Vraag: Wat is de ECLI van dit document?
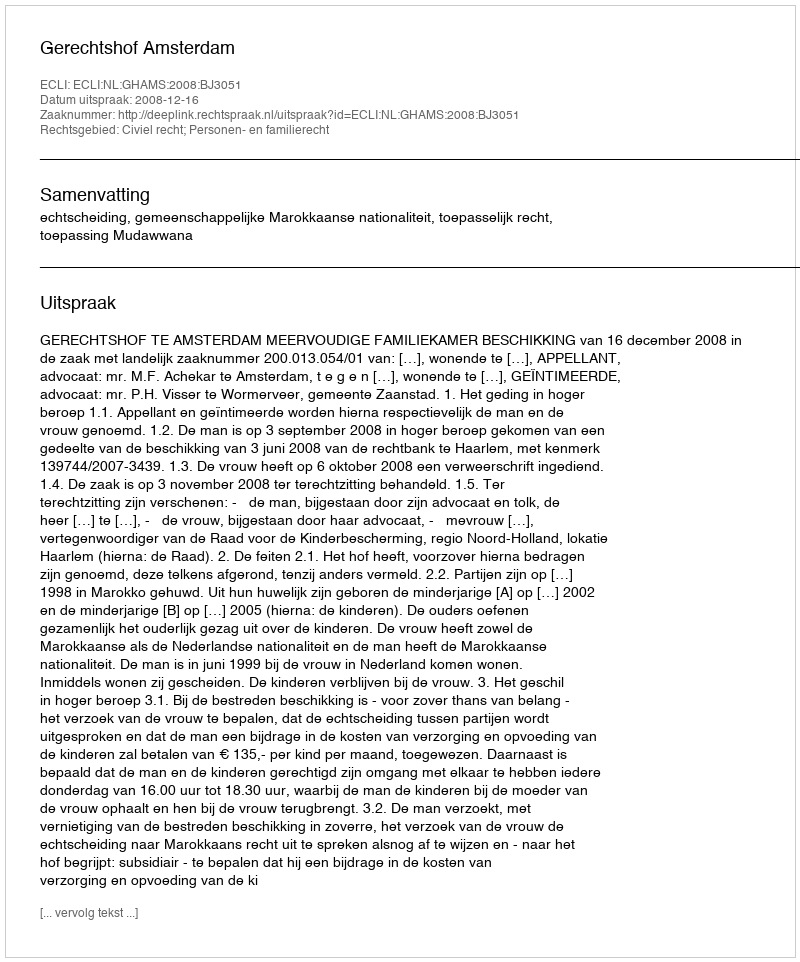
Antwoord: ECLI:NL:GHAMS:2008:BJ3051